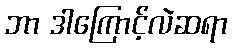
ဘာ ဒါကြောင့်လဲဆရာ